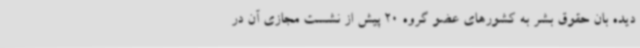
دیده بان حقوق بشر به کشورهای عضو گروه 20 پیش از نشست مجازی آن در